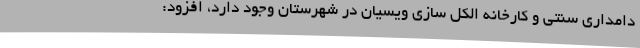
دامداری سنتی و کارخانه الکل سازی ویسیان در شهرستان وجود دارد، افزود: